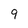
Character: 9